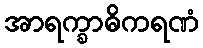
အာရက္ခာဓိကရဏံ